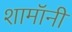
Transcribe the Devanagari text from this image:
शामॉनी